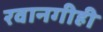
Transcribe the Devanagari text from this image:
रवानगीही